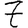
Digit: 7